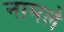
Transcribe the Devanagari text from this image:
नामले